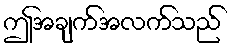
ဤအချက်အလက်သည်